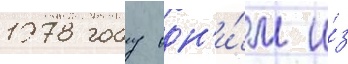
1978 году одн'и́м и́з